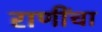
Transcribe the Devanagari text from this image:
राणींचा